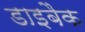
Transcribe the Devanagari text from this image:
डाइबैक